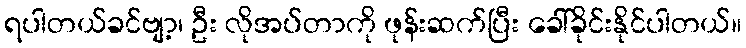
ရပါတယ်ခင်ဗျာ့၊ ဦး လိုအပ်တာကို ဖုန်းဆက်ပြီး ခေါ်ခိုင်းနိုင်ပါတယ်။